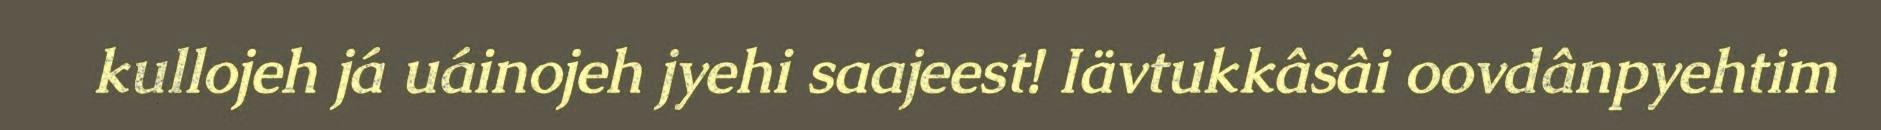
kullojeh já uáinojeh jyehi saajeest! Iävtukkâsâi oovdânpyehtim